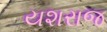
યશરાજ